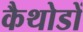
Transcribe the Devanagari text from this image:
कैथोडों